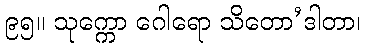
၉၅။ သုက္ကော ဂေါရော သိတော’ဒါတာ၊